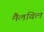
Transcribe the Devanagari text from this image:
मैलविल